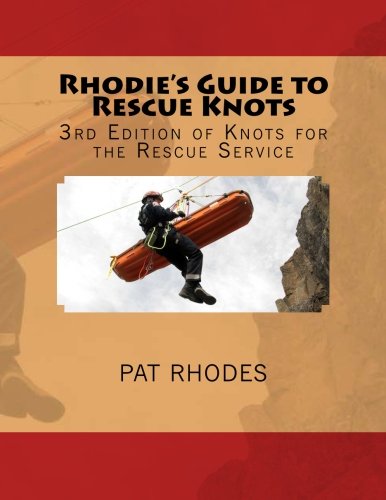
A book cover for Rhodie's Guide to Rescue Knots: 3rd Edition of Knots for the Rescue Service; Pat (Rhodie) Rhodes; Education & Teaching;